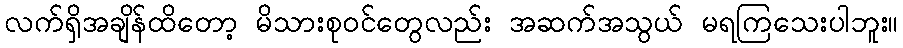
လက်ရှိအချိန်ထိတော့ မိသားစုဝင်တွေလည်း အဆက်အသွယ် မရကြသေးပါဘူး။